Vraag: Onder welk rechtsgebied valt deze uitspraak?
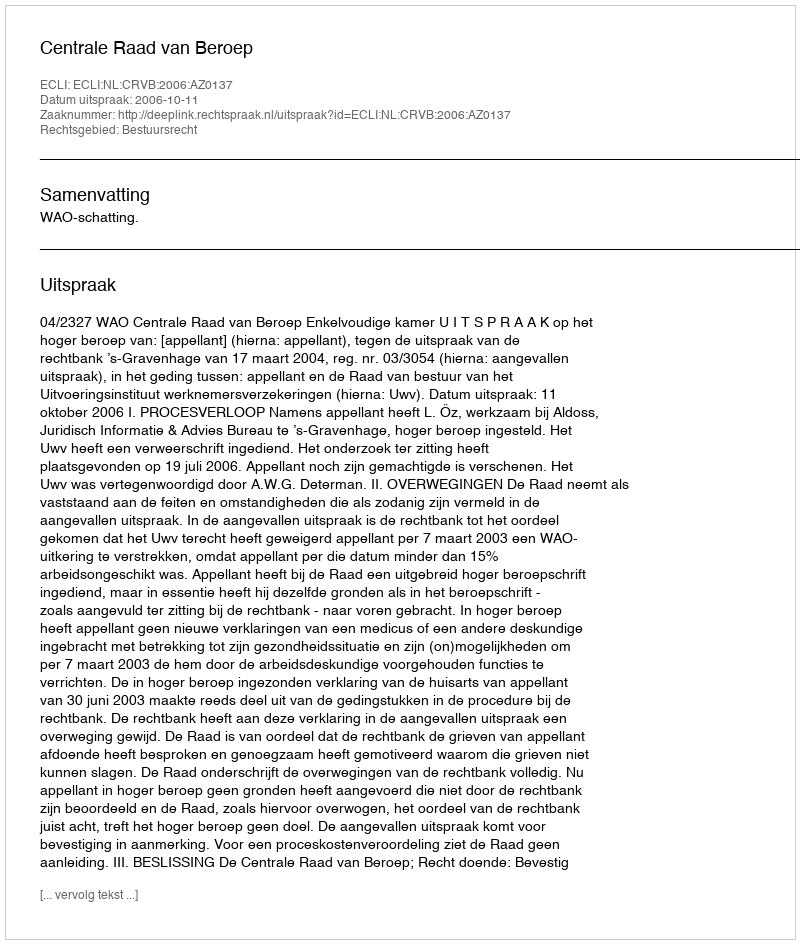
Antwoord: Bestuursrecht